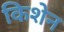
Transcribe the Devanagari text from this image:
किशेन